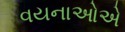
વયનાઓએ